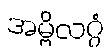
အမ္ဗိလဂ္ဂံ